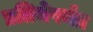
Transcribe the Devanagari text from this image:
प्रतिमेपर्यंत